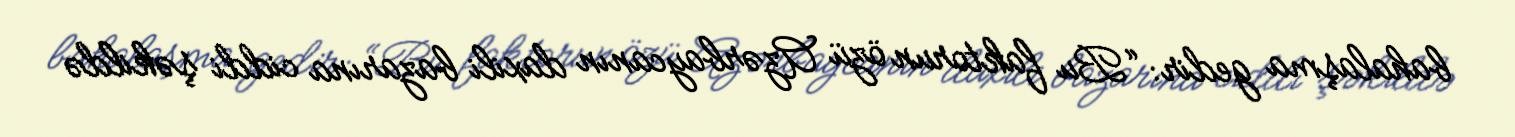
bahalaşma gedir: “Bu faktorun özü Azərbaycanın daxili bazarına ciddi şəkildə